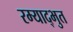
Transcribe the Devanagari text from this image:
रम्याद्भुत